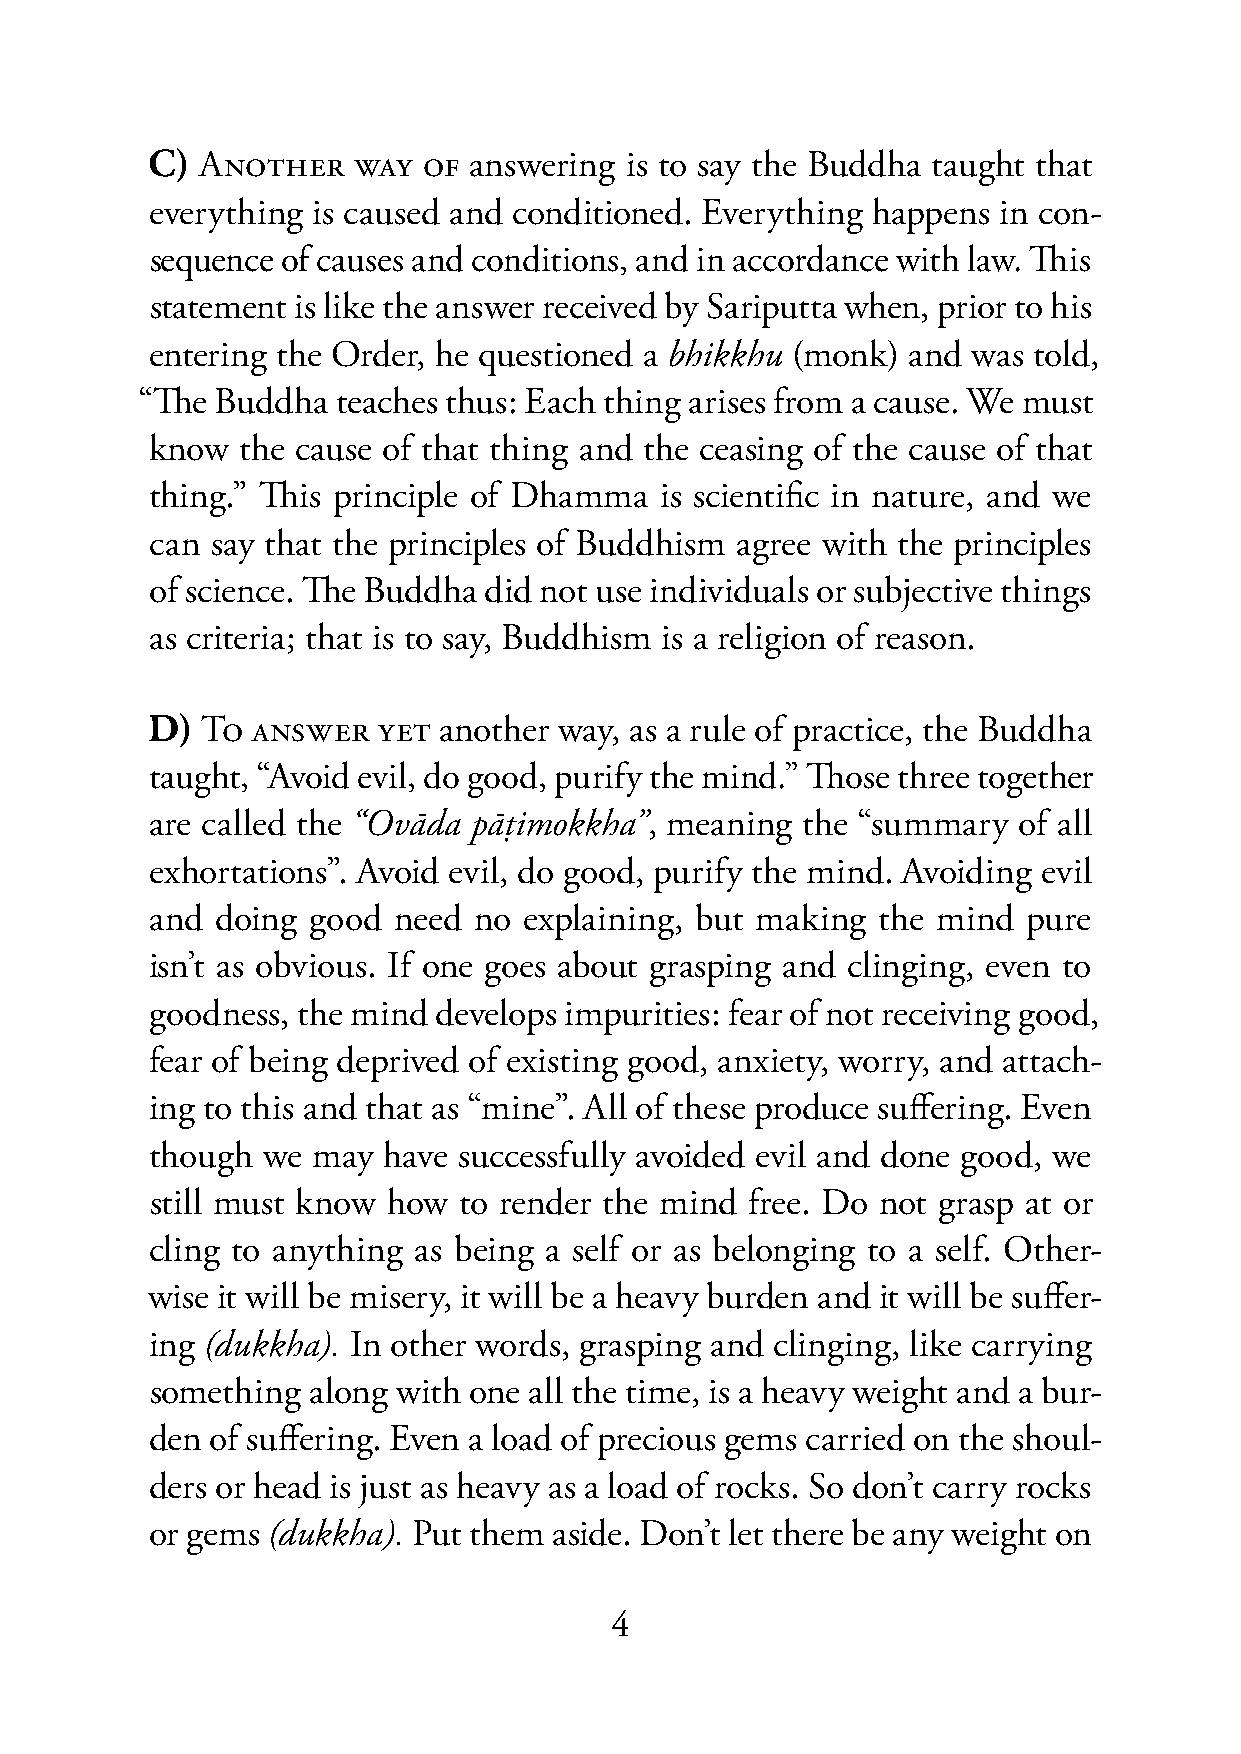
C) ANOTHER   WAY  OF answering is to say the Buddha taught that
 everything is caused and conditioned. Everything happens in con-
 sequence of causes and conditions, and in accordance with law. This
 statement is like the answer received by Sariputta when, prior to his
 entering the Order, he questioned a bhikkhu (monk) and was told,
 “The Buddha  teaches thus: Each thing arises from a cause. We must
 know  the cause of that thing and the ceasing of the cause of that
 thing.” This principle of Dhamma  is scientific in nature, and we
 can say that the principles of Buddhism agree with the principles
 of science. The Buddha did not use individuals or subjective things
 as criteria; that is to say, Buddhism is a religion of reason.
 D) TO  ANSWER  YET another way, as a rule of practice, the Buddha
 taught, “Avoid evil, do good, purify the mind.” Those three together
 are called the “Ovāda pāṭimokkha”, meaning the “summary  of all
 exhortations”. Avoid evil, do good, purify the mind. Avoiding evil
 and doing good  need no  explaining, but making the mind  pure
 isn’t as obvious. If one goes about grasping and clinging, even to
 goodness, the mind develops impurities: fear of not receiving good,
 fear of being deprived of existing good, anxiety, worry, and attach-
 ing to this and that as “mine”. All of these produce suffering. Even
 though we  may have successfully avoided evil and done good, we
 still must know how to render the mind free. Do not grasp at or
 cling to anything as being a self or as belonging to a self. Other-
 wise it will be misery, it will be a heavy burden and it will be suffer-
 ing (dukkha). In other words, grasping and clinging, like carrying
 something along with one all the time, is a heavy weight and a bur-
 den of suffering. Even a load of precious gems carried on the shoul-
 ders or head is just as heavy as a load of rocks. So don’t carry rocks
 or gems (dukkha). Put them aside. Don’t let there be any weight on
 4